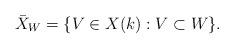
LaTeX: \begin{align*}\bar{X}_W = \{ V \in X(k) : V \subset W \}.\end{align*}